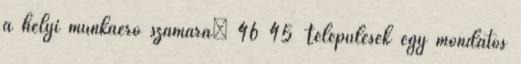
a helyi munkaerő számára” 46 45 Települések egy mondatos